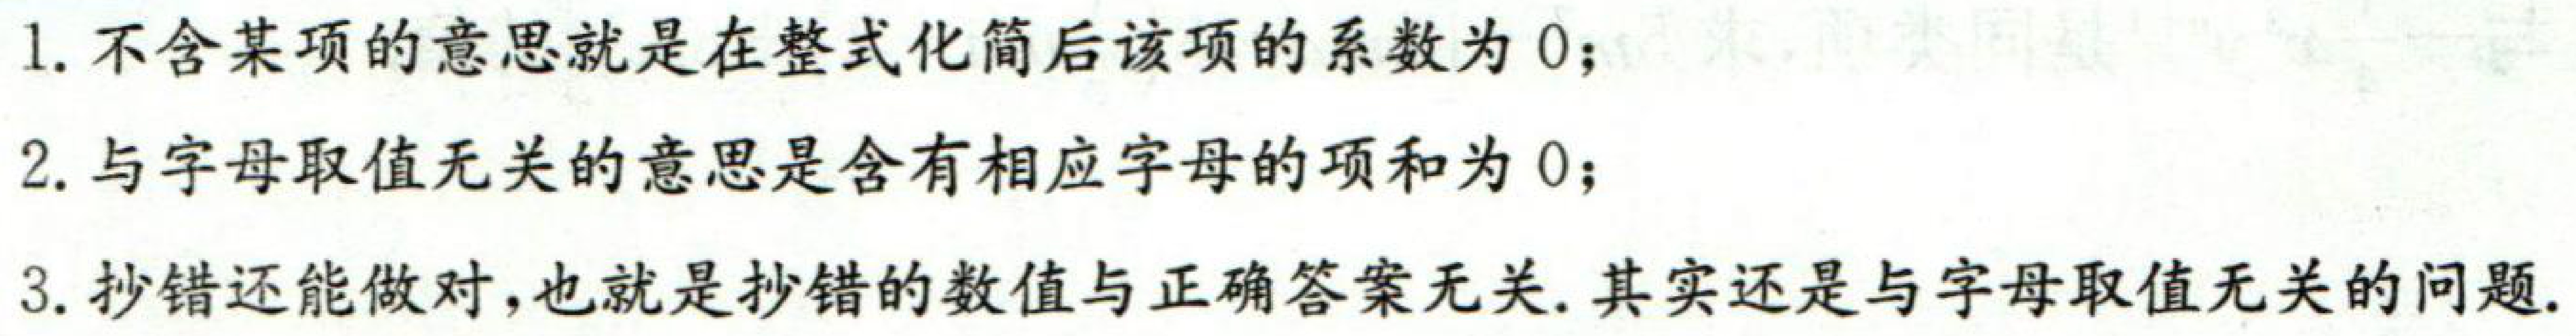
1. 不含某项的意思就是在整式化简后该项的系数为 \(0\)；
2. 与字母取值无关的意思是含有相应字母的项和为 \(0\)；
3. 抄错还能做对，也就是抄错的数值与正确答案无关. 其实还是与字母取值无关的问题.